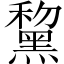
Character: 黧